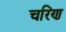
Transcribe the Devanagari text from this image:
चरिण